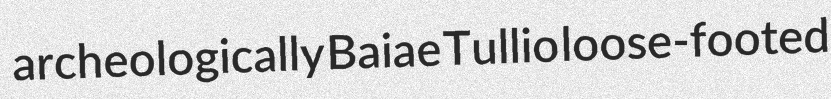
archeologically Baiae Tullio loose-footed